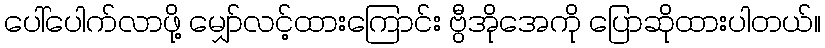
ပေါ်ပေါက်လာဖို့ မျှော်လင့်ထားကြောင်း ဗွီအိုအေကို ပြောဆိုထားပါတယ်။